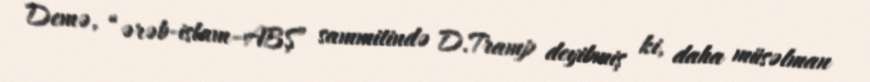
Demə, “ərəb-islam–ABŞ” sammitində D.Tramp deyibmiş ki, daha müsəlman